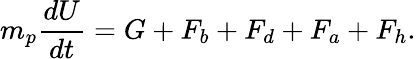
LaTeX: m_{p}\frac{dU}{dt}=G+F_{b}+F_{d}+F_{a}+F_{h}.